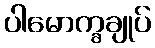
ပါမောက္ခချုပ်